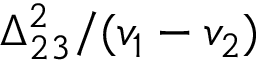
\Delta _ { 2 3 } ^ { 2 } / ( v _ { 1 } - v _ { 2 } )